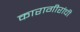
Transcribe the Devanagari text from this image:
कारागीरांची